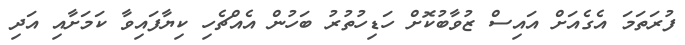
ފުރަތަމަ އެގެއަށް އައިސް ޒުވާބުކޮށް ހަޑިހުތުރު ބަހުން އެއްޗެހި ކިޔާފައިވާ ކަމަށާއި އަދި